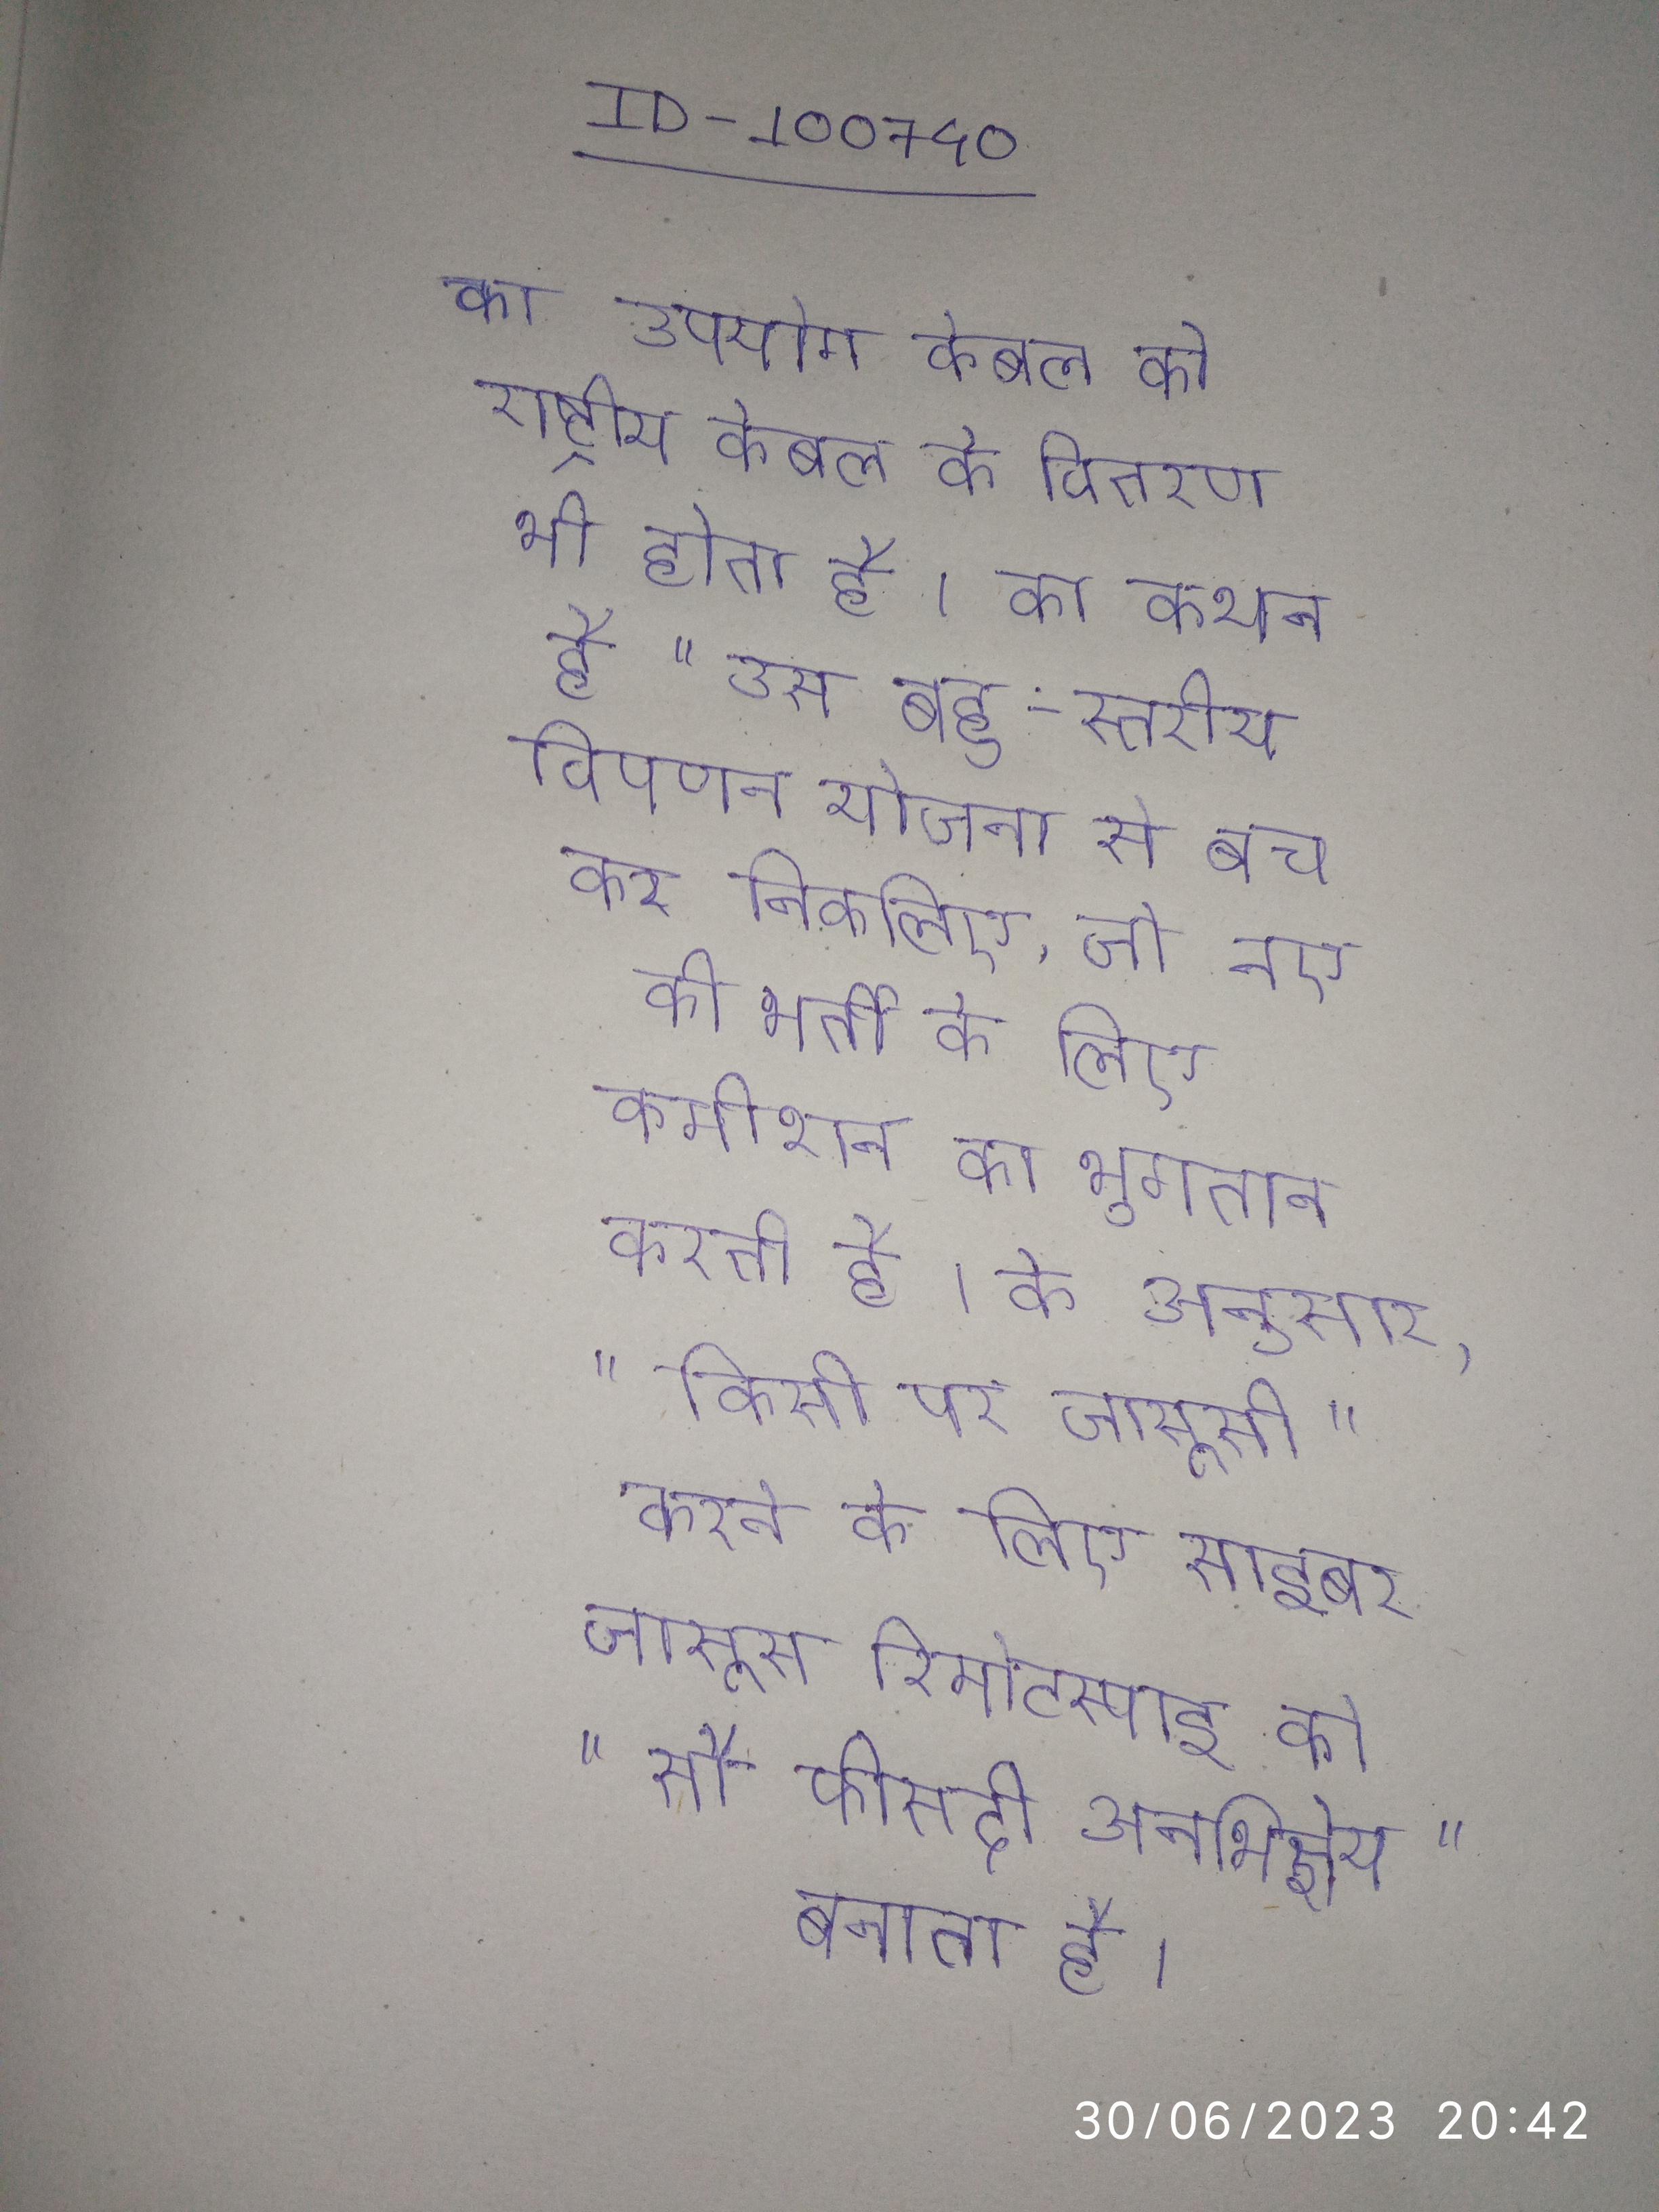
का उपयोग केबल को राष्ट्रीय केबल के वितरण भी होता है । का कथन है "उस बहु-स्तरीय विपणन योजना से बच कर निकलिए, जो नए की भर्ती के लिए कमीशन का भुगतान करती है । के अनुसार, "किसी पर जासूसी" करने के लिए साइबर जासूस रिमोटस्पाइ को "सौ फीसदी अनभिज्ञेय" बनाता है ।